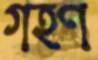
গহণ